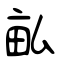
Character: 畆